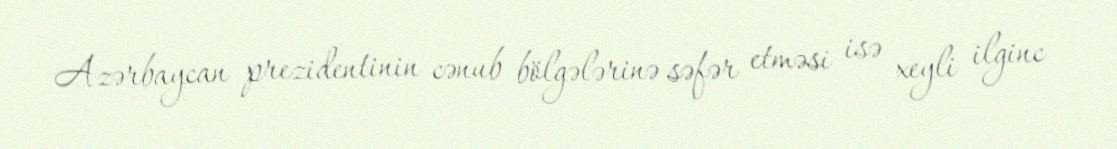
Azərbaycan prezidentinin cənub bölgələrinə səfər etməsi isə xeyli ilginc